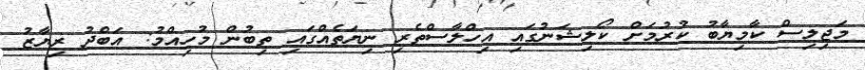
މަޖިލިސް ކާމިޔާބު ކުރުމަށް ކޯލިޝަނުގައި އިހްލާސްތެރި ނިޔަތެއްގައި ތިބުން މުހިއްމު: އަބްދު ރިޔާޒު